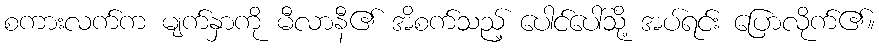
စကားလက်က မျက်နှာကို မီလာနီ၏ အိစက်သည့် ပေါင်ပေါ်သို့ အပ်ရင်း ပြောလိုက်၏။